Problem: 8 × 9 = ?
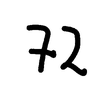
Handwritten answer: 72